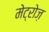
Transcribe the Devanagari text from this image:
मेट्रोज़